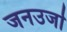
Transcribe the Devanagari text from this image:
जनउर्जा